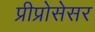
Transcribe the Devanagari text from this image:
प्रीप्रोसेसर